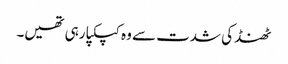
ٹھنڈ کی شدت سے وہ کپکپا رہی تھیں۔